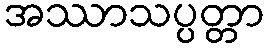
အဿာသပ္ပတ္တာ